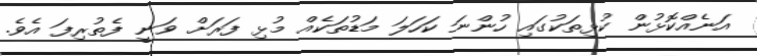
އަނެއްކޮޅުން ކުޅިތަކުގައި ހުންނަ ކަހަލަ މަޑުތަކެއް މުޅި ފަރަށް ވަނީ ފެތުރިފަ އެވެ.